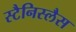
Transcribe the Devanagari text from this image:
स्टैनिस्लैस